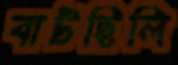
বাটছিলি